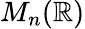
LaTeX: M_{n}(\mathbb{R})